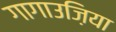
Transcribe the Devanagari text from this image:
गागाउज़िया